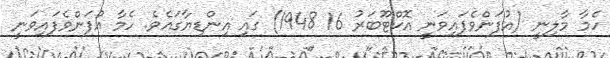
ހެމާ މާލިނީ (އުފަންވެފައިވަނީ އޮކްޓޫބަރު 16 1948) ގައި އިންޑިޔާގައެވެ. ހެމާ އުފަންވެފައިވަނީ